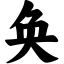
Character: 奂